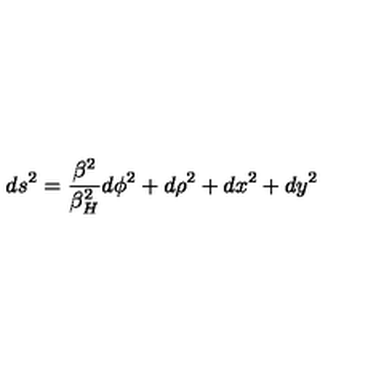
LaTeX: d s ^ { 2 } = { \frac { \beta ^ { 2 } } { \beta _ { H } ^ { 2 } } } d \phi ^ { 2 } + d \rho ^ { 2 } + d x ^ { 2 } + d y ^ { 2 }